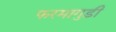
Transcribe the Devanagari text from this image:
फरमागुडी